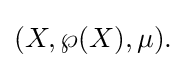
{\textstyle (X,\wp (X),\mu ).}